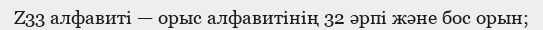
Z33 алфавиті — орыс алфавитінің 32 әрпі және бос орын;